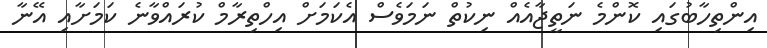
އިންތިހާބުގައި ކޮންމެ ނަތީޖާއެއް ނިކުތް ނަމަވެސް އެކަމަށް އިހްތިރާމް ކުރައްވާނެ ކަމަށާއި އޭނާ